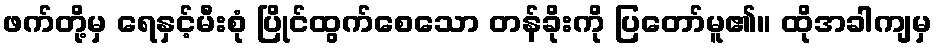
ဖက်တို့မှ ရေနှင့်မီးစုံ ပြိုင်ထွက်စေသော တန်ခိုးကို ပြတော်မူ၏။ ထိုအခါကျမှ